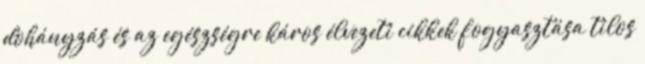
dohányzás és az egészségre káros élvezeti cikkek fogyasztása tilos